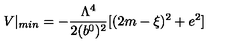
V | _ { m i n } = - { \frac { \Lambda ^ { 4 } } { 2 ( b ^ { 0 } ) ^ { 2 } } } [ ( 2 m - \xi ) ^ { 2 } + e ^ { 2 } ]